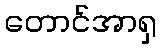
တောင်အာရှ